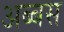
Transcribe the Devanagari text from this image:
अब्बस